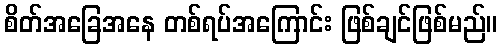
စိတ်အခြေအနေ တစ်ရပ်အကြောင်း ဖြစ်ချင်ဖြစ်မည်။